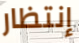
إنتظار